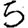
Digit: 5